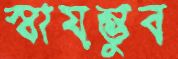
স্বায়ম্ভুব